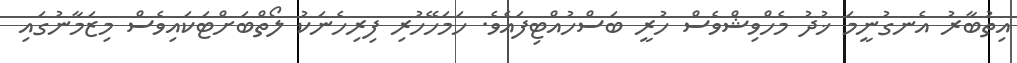
އިތުބާރު އެނގުނީމަ ޚުދު މެހްވިޝްވެސް ހުރީ ބަސްހުއްޓިފައެވެ. ހަމަހޭހުރި ފިރިހެނަކު ލޯތްބަށްޓަކައިވެސް މިޒަމާނުގައި